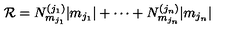
{ \mathcal R } = N _ { m _ { j _ { 1 } } } ^ { ( j _ { 1 } ) } | m _ { j _ { 1 } } | + \cdots + N _ { m _ { j _ { n } } } ^ { ( j _ { n } ) } | m _ { j _ { n } } |